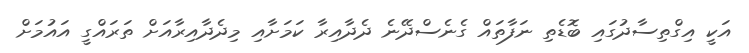
އަކީ އިގްތިސާދުގައި ބޮޑެތި ނަފާތައް ގެނެސްދޭނެ ދެދާއިރާ ކަމަށާއި މިދެދާއިރާއަށް ތަރައްގީ އައުމަށް